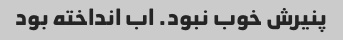
پنیرش خوب نبود‌. اب انداخته بود